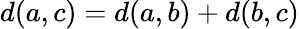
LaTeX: d(a,c)=d(a,b)+d(b,c)